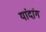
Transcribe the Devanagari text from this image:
यांदांग